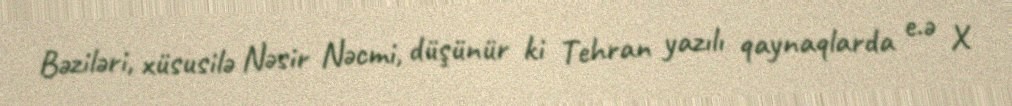
Bəziləri, xüsusilə Nəsir Nəcmi, düşünür ki Tehran yazılı qaynaqlarda e.ə X